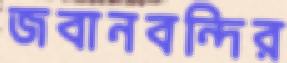
জবানবন্দির